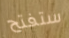
ستفتح